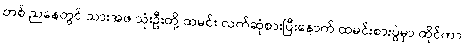
တစ် ညနေတွင် သားအဖ သုံးဦးတို့ ထမင်း လက်ဆုံစားပြီးနောက် ထမင်းစားပွဲမှာ ထိုင်ကာ